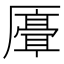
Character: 𫨣